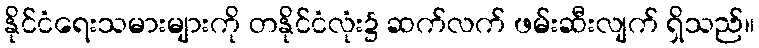
နိုင်ငံရေးသမားများကို တနိုင်ငံလုံး၌ ဆက်လက် ဖမ်းဆီးလျက် ရှိသည်။